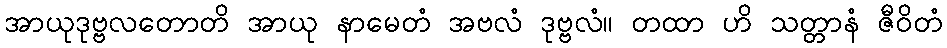
အာယုဒုဗ္ဗလတောတိ အာယု နာမေတံ အဗလံ ဒုဗ္ဗလံ။ တထာ ဟိ သတ္တာနံ ဇီဝိတံ